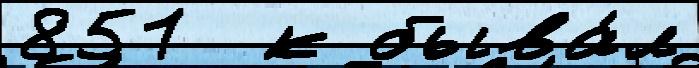
851  к быва́л